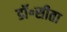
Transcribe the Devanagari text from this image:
डॉ॰सीता